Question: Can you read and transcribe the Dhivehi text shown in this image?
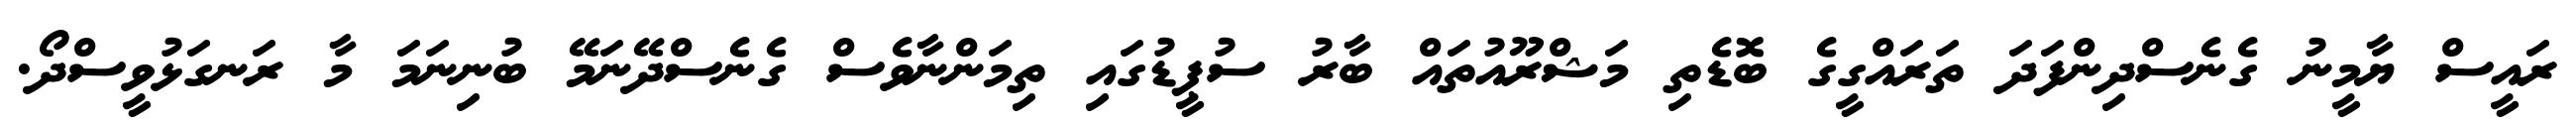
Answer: ރައީސް ޔާމީނު ގެނެސްދިންފަދަ ތަރައްގީގެ ބޮޑެތި މަޝްރޫއުތައް ބާރު ސުޕީޑުގައި ތިމަންނާވެސް ގެނެސްދޭނަމޭ ބުނިނަމަ މާ ރަނގަޅުވީސްދޯ.